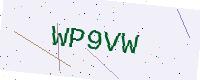
Text: WP9VW